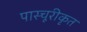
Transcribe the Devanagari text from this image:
पास्चूरीकृत